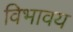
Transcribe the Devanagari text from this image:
विभावय